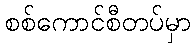
စစ်ကောင်စီတပ်မှာ